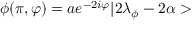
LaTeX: \phi ( \pi , \varphi ) = a e ^ { - 2 i \varphi } | 2 \lambda _ { \phi } - 2 \alpha >